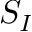
S _ { I }